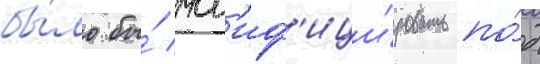
бы́ло бы́ мод'иф'ици́ровать по́д